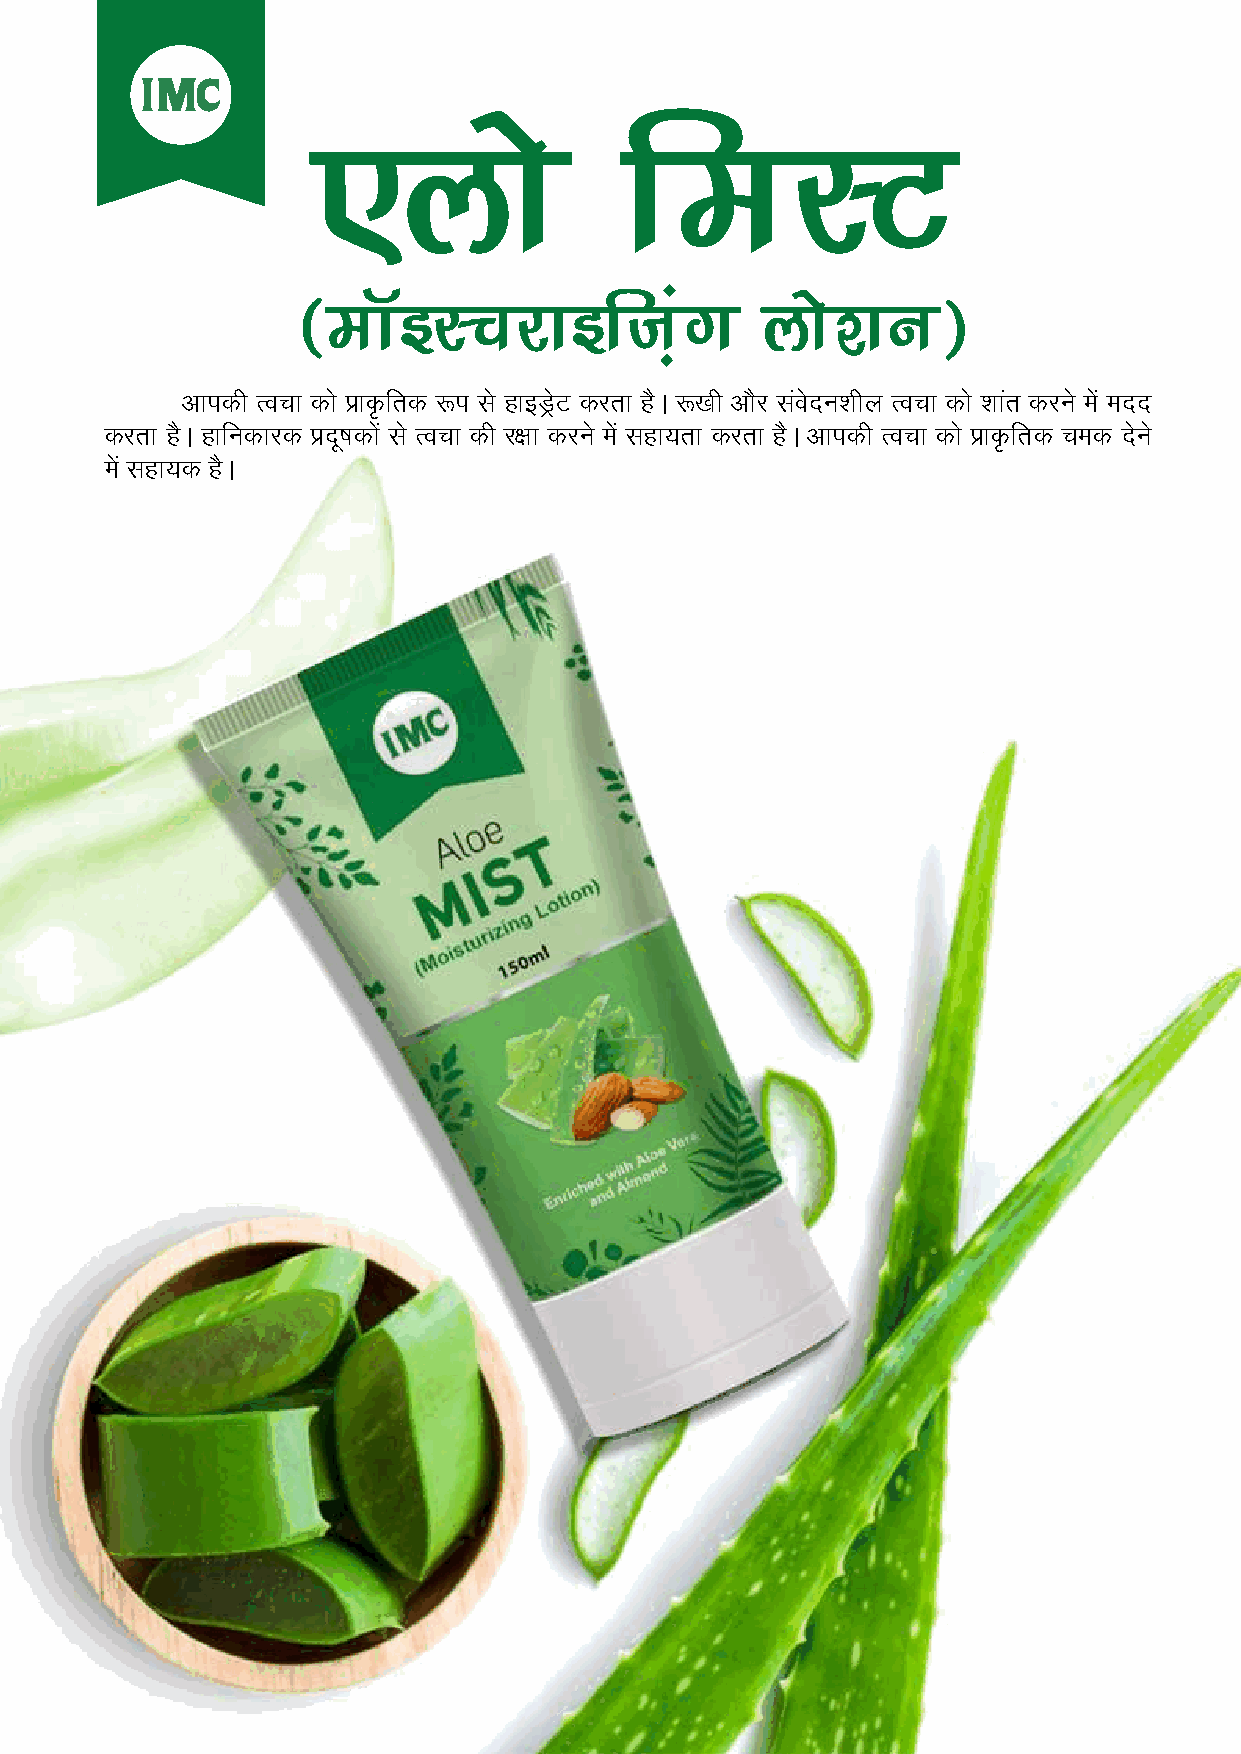
,yks                feLV
 ¼ekWbLpjkbft+ax               yks'ku½
 vkidh Ropk dks çk—frd :i ls gkbMªsV djrk gSA :[kh vkSj laosnu'khy Ropk dks 'kkar djus esa enn
 djrk gSA gkfudkjd çnw"kdksa ls Ropk dh j{kk djus esa lgk;rk djrk gSA vkidh Ropk dks çkÑfrd ped nssus
 esa lgk;d gSA